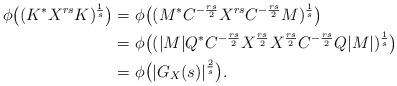
LaTeX: \begin{align*}\phi\big((K^*X^{rs}K)^{\frac{1}{s}}\big) =&\ \phi\big((M^*C^{-\frac{rs}{2}}X^{rs}C^{-\frac{rs}{2}}M)^\frac{1}{s}\big)\\=&\ \phi\big((|M|Q^*C^{-\frac{rs}{2}}X^\frac{rs}{2}X^\frac{rs}{2}C^{-\frac{rs}{2}}Q|M|)^\frac{1}{s}\big)\\=&\ \phi\big(|G_X(s)|^\frac{2}{s}\big).\end{align*}